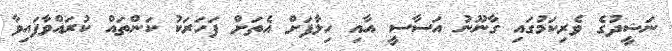
ނަޝީދުގެ ވެރިކަމުގައި ގާނޫނު އަސާސީ އާއި ހިލާފަށް އެތަށް ފަހަރަކު ކަންތައް ކުރައްވާފައިވާ